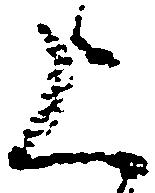
上